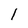
Character: 1